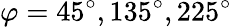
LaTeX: \varphi=45^{\circ},135^{\circ},225^{\circ}